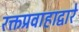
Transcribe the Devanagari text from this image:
रक्तप्रवाहाद्वारे